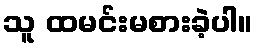
သူ ထမင်းမစားခဲ့ပါ။